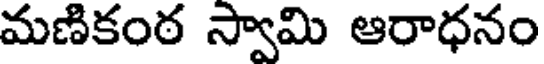
మణికంఠ స్వామి ఆరాధనం